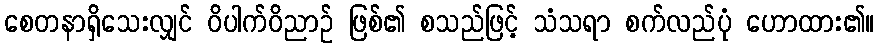
စေတနာရှိသေးလျှင် ဝိပါက်ဝိညာဉ် ဖြစ်၏ စသည်ဖြင့် သံသရာ စက်လည်ပုံ ဟောထား၏။